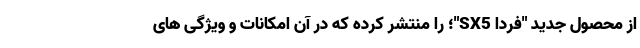
از محصول جدید "فردا SX5"؛ را منتشر کرده که در آن امکانات و ویژگی های